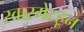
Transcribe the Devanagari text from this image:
स्वारगेटहून